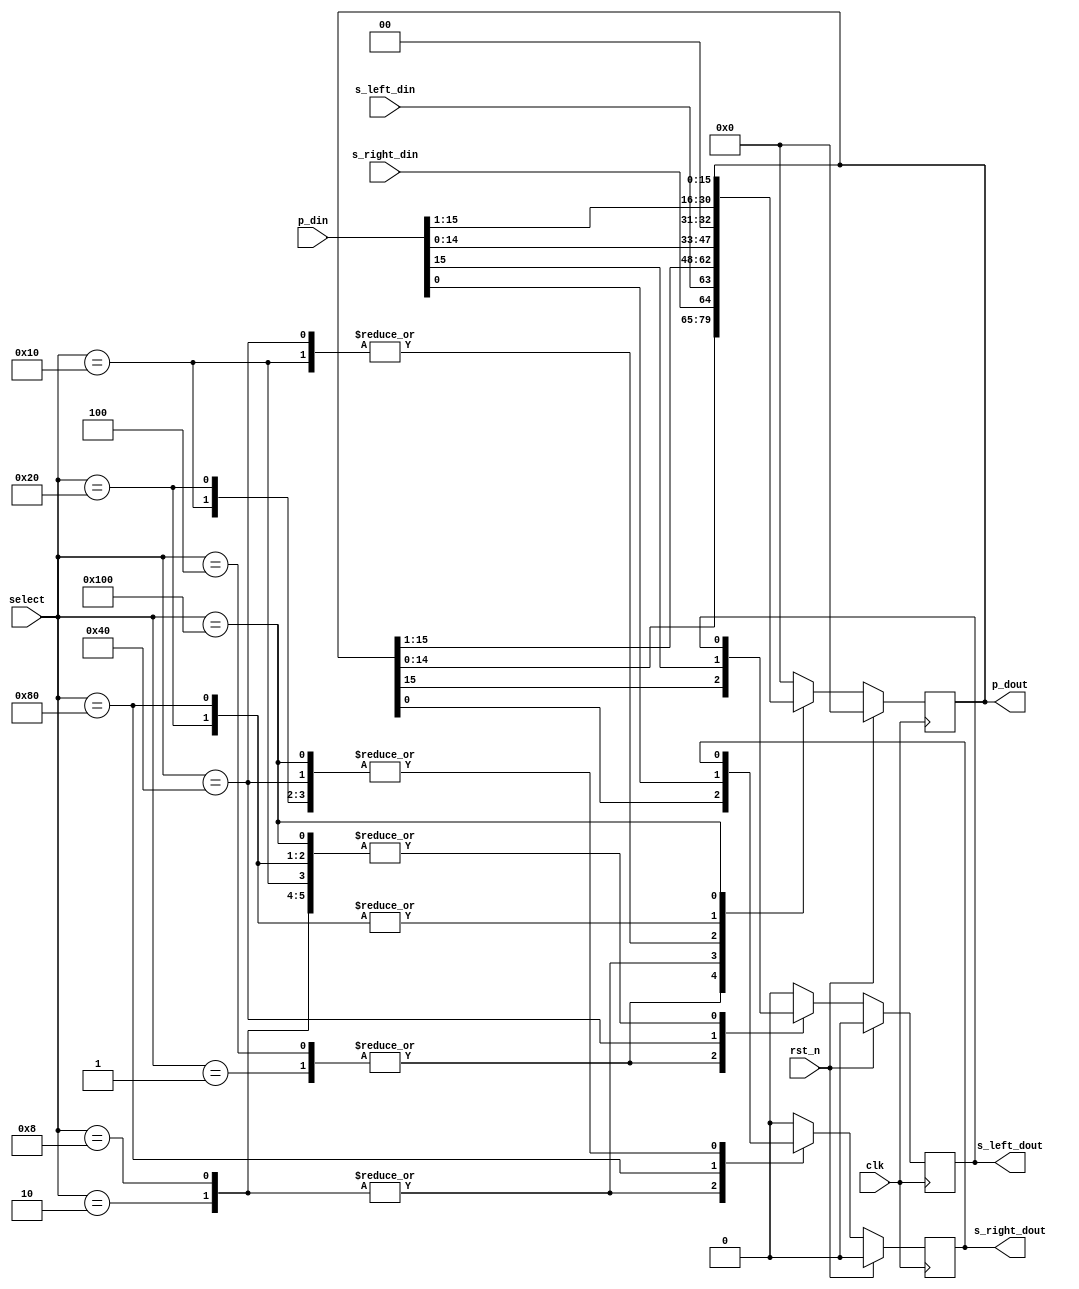
module universalShift(
  input clk, 
  input rst_n, 
  input [8:0] select, // select operation
  input [15:0] p_din,  // parallel data in 
  input s_left_din,   // serial left data in
  input s_right_din,  // serial right data in
  output reg [15:0] p_dout, //parallel data out
  output reg s_left_dout, // serial left data out
  output reg s_right_dout // serial right data out
);

reg pdoutbuffer;

always @ (posedge clk) begin : select_magic
if(rst_n) begin : reset_logic
    p_dout = 16'b0;
    s_left_dout = 1'b0;     
    s_right_dout = 1'b0; 
end
else begin
 case(select) 
        9'b000000001: begin // SISO left shift
        s_left_dout = p_dout[15];
        p_dout = p_dout << 1;
        p_dout = {p_dout[15:1], s_right_din};
                    end
        9'b000000010: begin // SISO right shift
        s_right_dout = p_dout[0];
        p_dout = p_dout >> 1;
        p_dout = {s_left_din, p_dout[14:0]};
                      end
        9'b000000100: begin // SIPO left shift
        s_left_dout = p_dout[15];
        p_dout = p_dout << 1;
        p_dout = {p_dout[15:1], s_right_din};
                      end
        9'b000001000: begin // SIPO right shift
        s_right_dout = p_dout[0];
        p_dout = p_dout >> 1;
        p_dout = {s_left_din, p_dout[14:0]};
                      end
        9'b000010000: begin // PIPO left shift
        p_dout = p_din;
        p_dout = p_dout << 1;
                      end
        9'b000100000: begin // PIPO right shift
        p_dout = p_din;
        p_dout = p_dout >> 1;
                      end
        9'b001000000: begin // PISO left shift
        p_dout = p_din;
        s_left_dout = p_dout[15];
        p_dout = p_dout << 1;
                      end
        9'b010000000: begin // PISO right shift
        p_dout = p_din;
        s_right_dout = p_dout[0];
        p_dout = p_dout >> 1;    
                      end
        9'b100000000: begin // Do nothing
                      p_dout = p_dout;
                      end
        default: begin
          p_dout = 16'b0;
          s_left_dout =0;
          s_right_dout =0;
        end // Do nothing
      endcase
end
end
endmodule